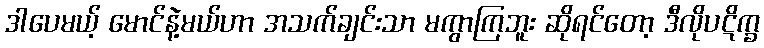
ဒါပေမယ့် မောင်နဲ့မယ်ဟာ အသက်ချင်းသာ မကွာကြဘူး ဆိုရင်တော့ ဒီလိုပဋိက္ခ